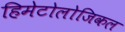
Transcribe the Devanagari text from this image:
हिमेटोलोजिकल